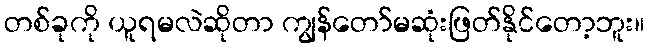
တစ်ခုကို ယူရမလဲဆိုတာ ကျွန်တော်မဆုံးဖြတ်နိုင်တော့ဘူး။